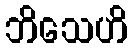
ဘိသေဟိ